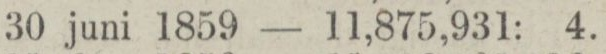
„ 30 juni 1859 — 11,875,931: 4.